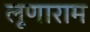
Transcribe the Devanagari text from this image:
लूणाराम